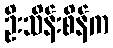
ဦးသိန်းစိန်က